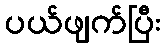
ပယ်ဖျက်ပြီး